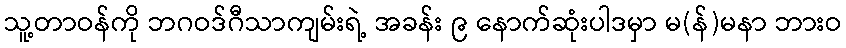
သူ့တာဝန်ကို ဘဂဝဒ်ဂီသာကျမ်းရဲ့ အခန်း ၉ နောက်ဆုံးပါဒမှာ မ(န်)မနာ ဘားဝ